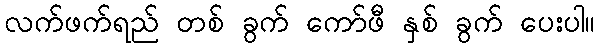
လက်ဖက်ရည် တစ် ခွက် ကော်ဖီ နှစ် ခွက် ပေးပါ။